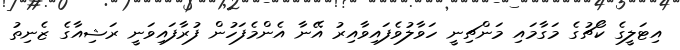
އިޓަލީގެ ކޯޗުގެ މަގާމައި މަންޗިނީ ހަވާލުވެފައިވާއިރު އޭނާ އެންމެފަހުން ފުރާފައިވަނީ ރަޝިއާގެ ޒެނިތު